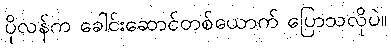
ပိုလန်က ခေါင်းဆောင်တစ်ယောက် ပြောသလိုပဲ။